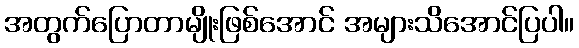
အတွက်ပြောတာမျိုးဖြစ်အောင် အများသိအောင်ပြပါ။